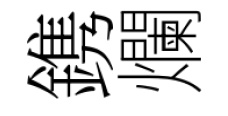
鎸爛